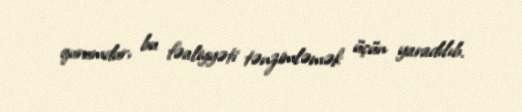
qurumdur, bu fəaliyyəti tənzimləmək üçün yaradılıb.